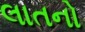
લાતનો